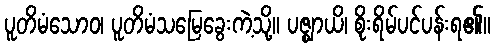
ပူတိမံသောဝ၊ ပူတိမံသမြေခွေးကဲ့သို့။ ပဇ္ဈာယိ၊ စိုးရိမ်ပင်ပန်းရ၏။